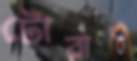
টোরাও